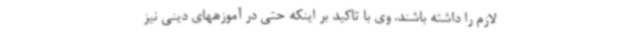
لازم را داشته باشند. وی با تاکید بر اینکه حتی در آموزههای دینی نیز